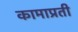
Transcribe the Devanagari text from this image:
कामाप्रती